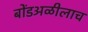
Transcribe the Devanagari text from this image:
बोंडअळीलाच